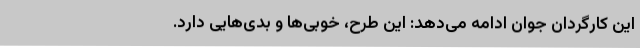
این کارگردان جوان ادامه می‌دهد: این طرح، خوبی‌ها و بدی‌هایی دارد.